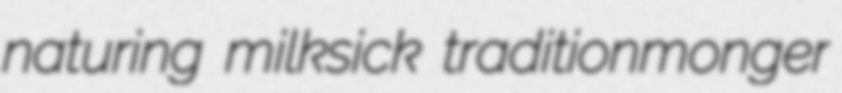
naturing milksick traditionmonger